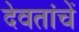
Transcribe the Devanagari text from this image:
देवतांचें